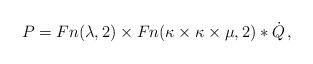
LaTeX: \begin{align*} P=Fn({\lambda},2)\times Fn({\kappa}\times {\kappa}\times {\mu},2)*\dot{Q}\,,\end{align*}